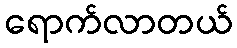
ရောက်လာတယ်